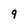
Character: 9